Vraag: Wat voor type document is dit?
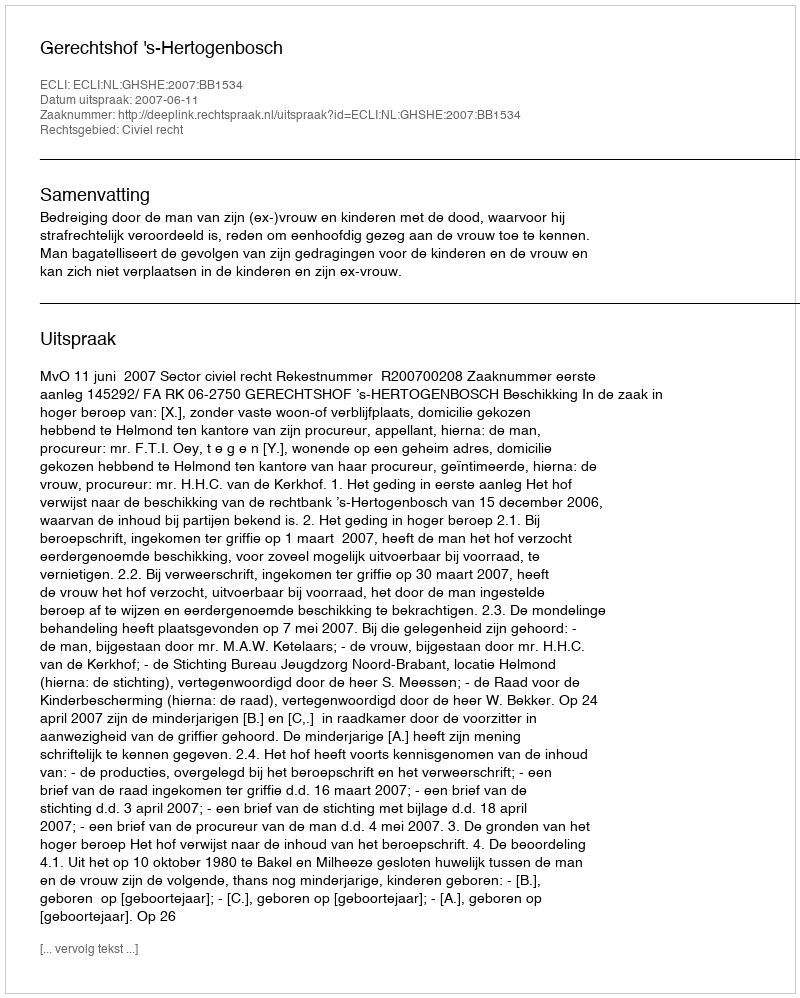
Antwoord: Uitspraak